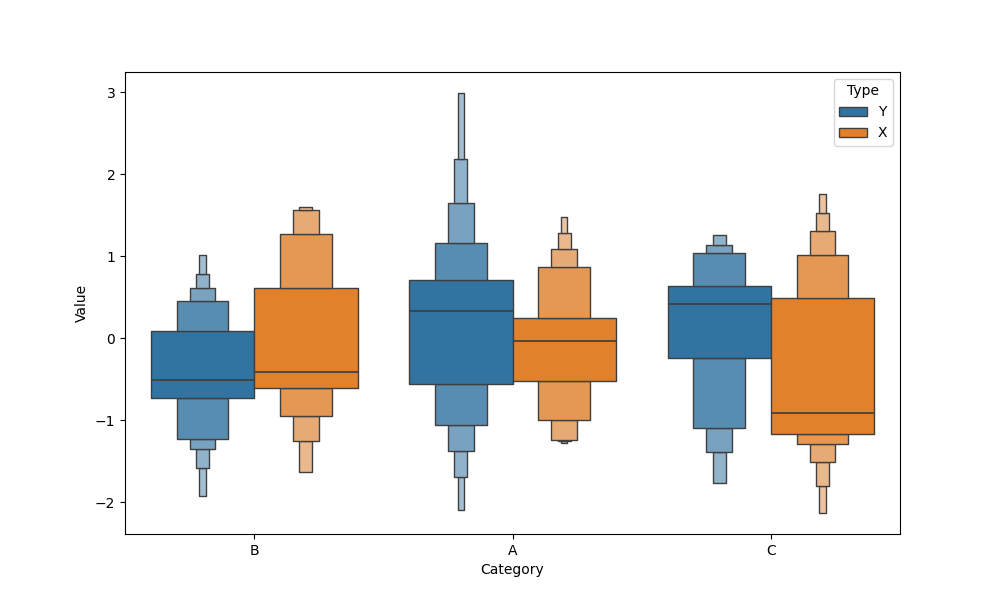
python, seaborn, boxenplot, k_depth='full', linewidth=1, scale='exponential', outlier_prop=0.2, showfliers=True